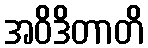
အဝိဒိတာတိ